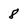
Character: 8